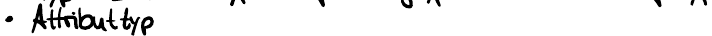
Attributtyp